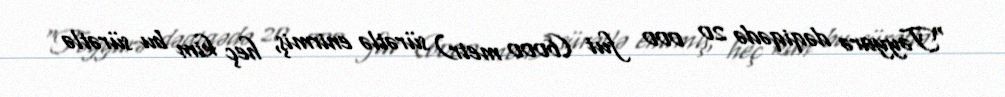
“Təyyarə dəqiqədə 20 000 fut (6000 metr) sürətlə enirmiş, heç kim bu sürətlə